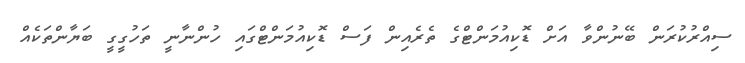
ސިއްރުކުރަން ބޭނުންވާ އަށް ޑޮކިއުމަންޓްގެ ތެރެއިން ފަސް ޑޮކިއުމަންޓްގައި ހުންނާނީ ތަހުގީގީ ބަޔާންތަކެއް